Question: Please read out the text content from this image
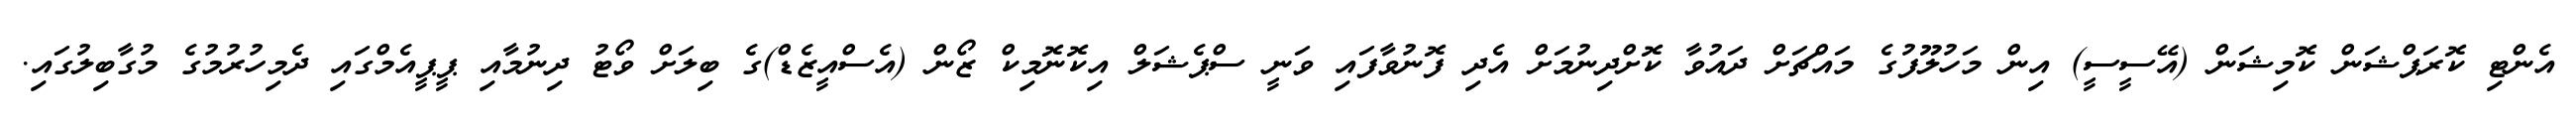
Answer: އެންޓި ކޮރަޕްޝަން ކޮމިޝަން (އޭސީސީ) އިން މަހުލޫފުގެ މައްޗަށް ދައުވާ ކޮށްދިނުމަށް އެދި ފޮނުވާފައި ވަނީ ސްޕެޝަލް އިކޮނޮމިކް ޒޯން (އެސްއީޒެޑް)ގެ ބިލަށް ވޯޓު ދިނުމާއި ޕީޕީއެމްގައި ދެމިހުރުމުގެ މުގާބިލުގައި.